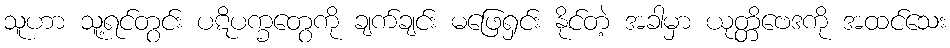
သူဟာ သူ့ရင်တွင်း ပဋိပက္ခတွေကို ချက်ချင်း မဖြေရှင်း နိုင်တဲ့ အခါမှာ ယုတ္တိဗေဒကို အထင်သေး